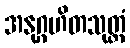
အနုဂ္ဂဟိတသုတ္တံ